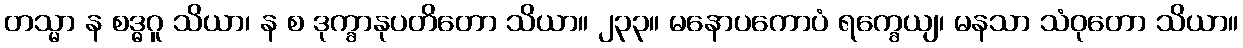
တသ္မာ န စဒ္ဓဂူ သိယာ၊ န စ ဒုက္ခာနုပတိတော သိယာ။ ၂၃၃။ မနောပကောပံ ရက္ခေယျ၊ မနသာ သံဝုတော သိယာ။